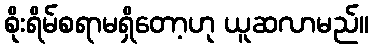
စိုးရိမ်စရာမရှိတော့ဟု ယူဆလာမည်။